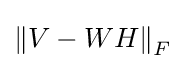
\left\|V-WH\right\|_{F}